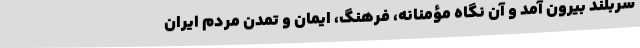
سربلند بیرون آمد و آن نگاه مؤمنانه، فرهنگ، ایمان و تمدن مردم ایران